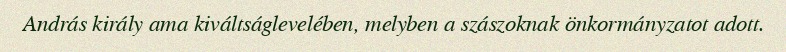
András király ama kiváltságlevelében, melyben a szászoknak önkormányzatot adott.